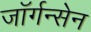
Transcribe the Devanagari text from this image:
जॉर्गन्सेन